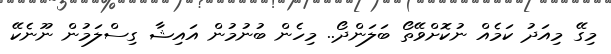
މިގޭ މިއަދު ކަމެއް ނުކޮށްވޭތޯ ބަލަންދޯ.. މިހެން ބުނުމުން އައިޝާ ގިސްލަމުން ނޫނެކޭ